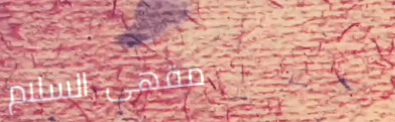
مقهى السلام